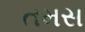
તમસ